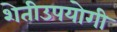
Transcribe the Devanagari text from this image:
शेतीउपयोगी